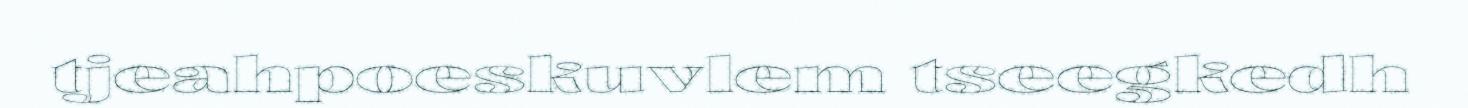
tjeahpoeskuvlem tseegkedh